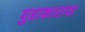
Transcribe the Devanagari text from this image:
पुढाकाराचा